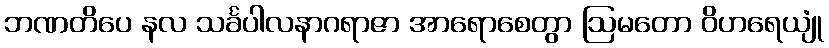
ဘဏတိပေ နလ သင်္ခပါလနာဂရာဇာ အာရောစေတွာ ဩမတော ဝိဟရေယျုံ